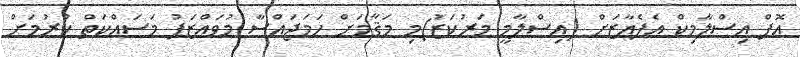
އޮފް އިސްލާމިކް އެފެއާޒަށް (އިސްލާމީ މަރުކަޒު)މި މަޤާމަށް ހަމަޖައްސާ މުވައްޒަފު މަސައްކަތް ކުރުމަށް